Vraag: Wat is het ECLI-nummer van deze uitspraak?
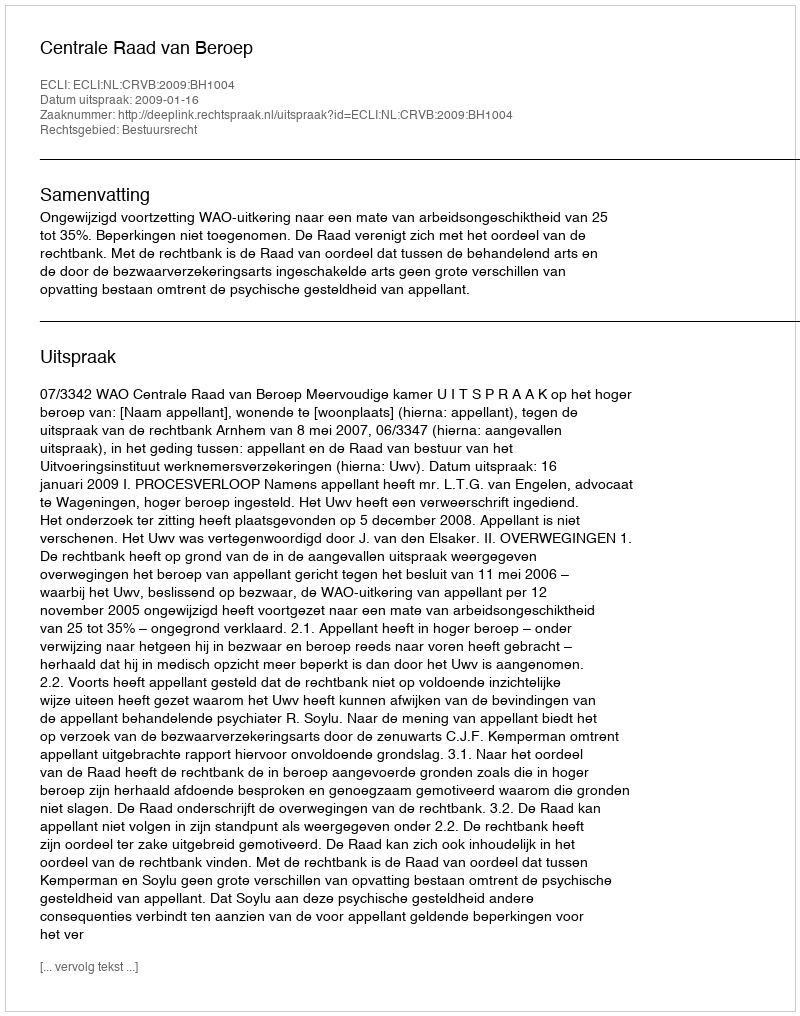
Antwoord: ECLI:NL:CRVB:2009:BH1004